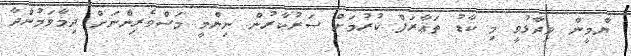
ޔާމީން ވިދާޅުވީ މި ކާޑު ތަޢާރަފް ކުރުމަށް ސަރުކާރުން ނިންމީ މަސްވެރިންނަށް ދިމާވަމުންދާ